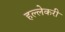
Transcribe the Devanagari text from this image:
हल्लेकरी